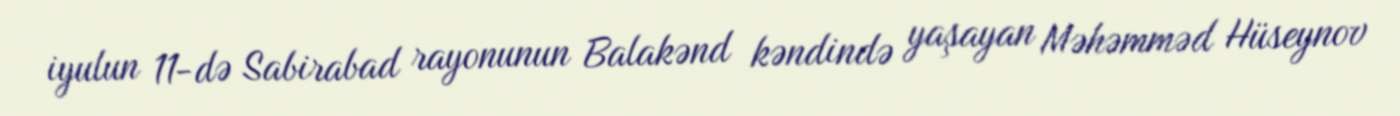
iyulun 11-də Sabirabad rayonunun Balakənd kəndində yaşayan Məhəmməd Hüseynov